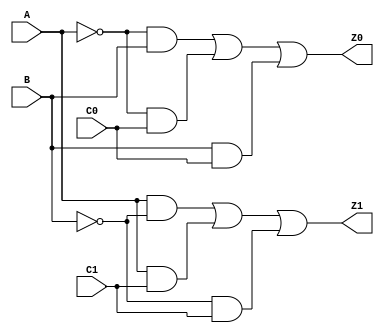
module comparator(A,B,C0,C1,Z0,Z1);
    //C1C0 indicate result of previous bits
    //Z1Z0 indicate result of current bits
    input A,B,C0,C1;
    output Z0,Z1;

    wire t0, t1, t2, t3, t4, t5;

    and g1(t0,A,~B),
        g2(t1,A,C1),
        g3(t2,~B,C1),
        g4(t3,~A,B),
        g5(t4,~A,C0),
        g6(t5,B,C0);

    or g7(Z1,t0,t1,t2),
       g8(Z0,t3,t4,t5);

endmodule